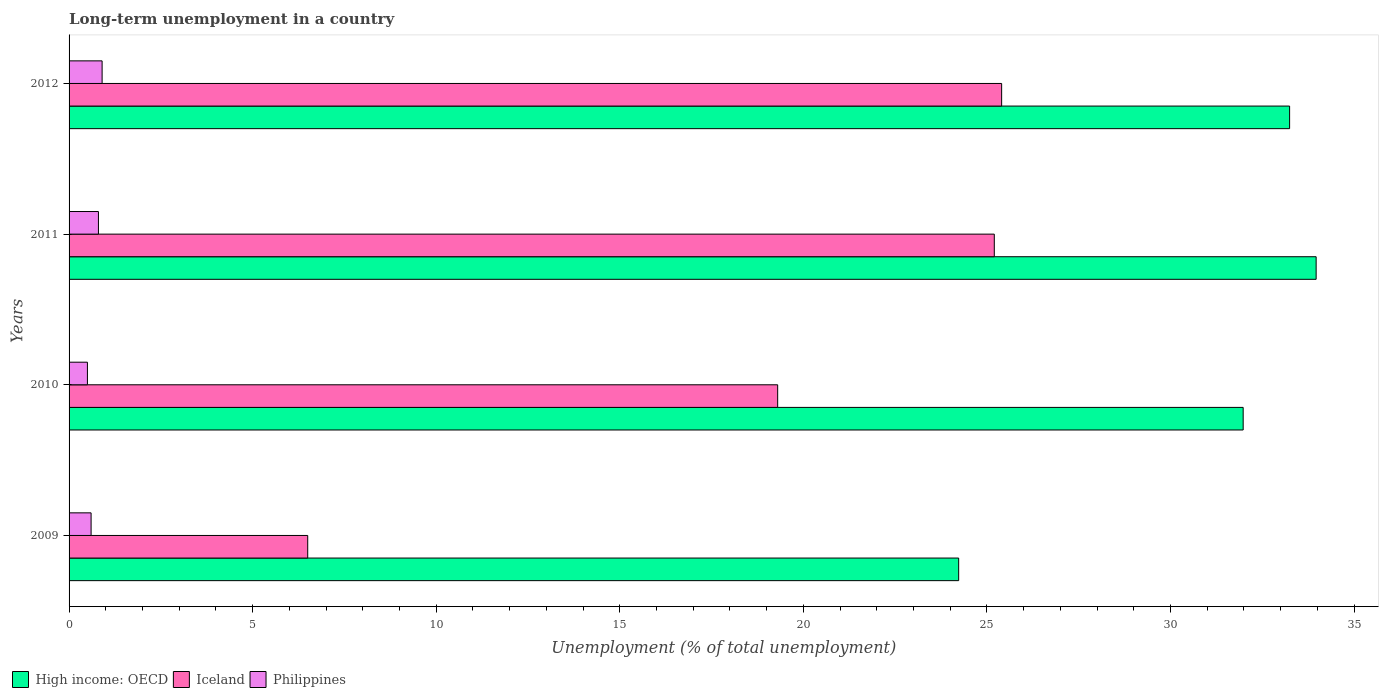
| Years | High income: OECD | Iceland | Philippines |
 | --- | --- | --- | --- |
 | 2009 | 24.2 | 6.5 | 0.6 |
 | 2010 | 32 | 19.3 | 0.5 |
 | 2011 | 34 | 25.2 | 0.8 |
 | 2012 | 33.2 | 25.4 | 0.9 |